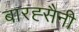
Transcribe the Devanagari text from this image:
बारह्सैनी